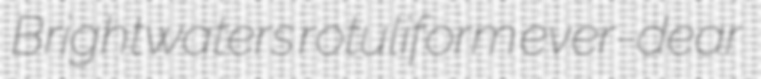
Brightwaters rotuliform ever-dear